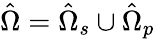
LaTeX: \hat{\Omega}=\hat{\Omega}_{s}\cup\hat{\Omega}_{p}